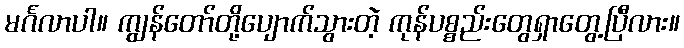
မင်္ဂလာပါ။ ကျွန်တော်တို့ပျောက်သွားတဲ့ ကုန်ပစ္စည်းတွေရှာတွေ့ပြီလား။